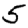
Digit: 5